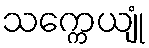
သက္ကေယျုံ